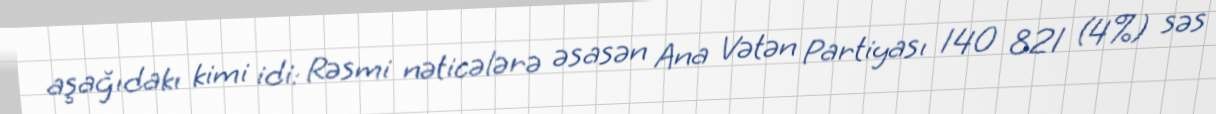
aşağıdakı kimi idi: Rəsmi nəticələrə əsasən Ana Vətən Partiyası 140 821 (4%) səs